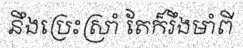
នឹងប្រេះស្រាំ តែក៏រឹងមាំពី